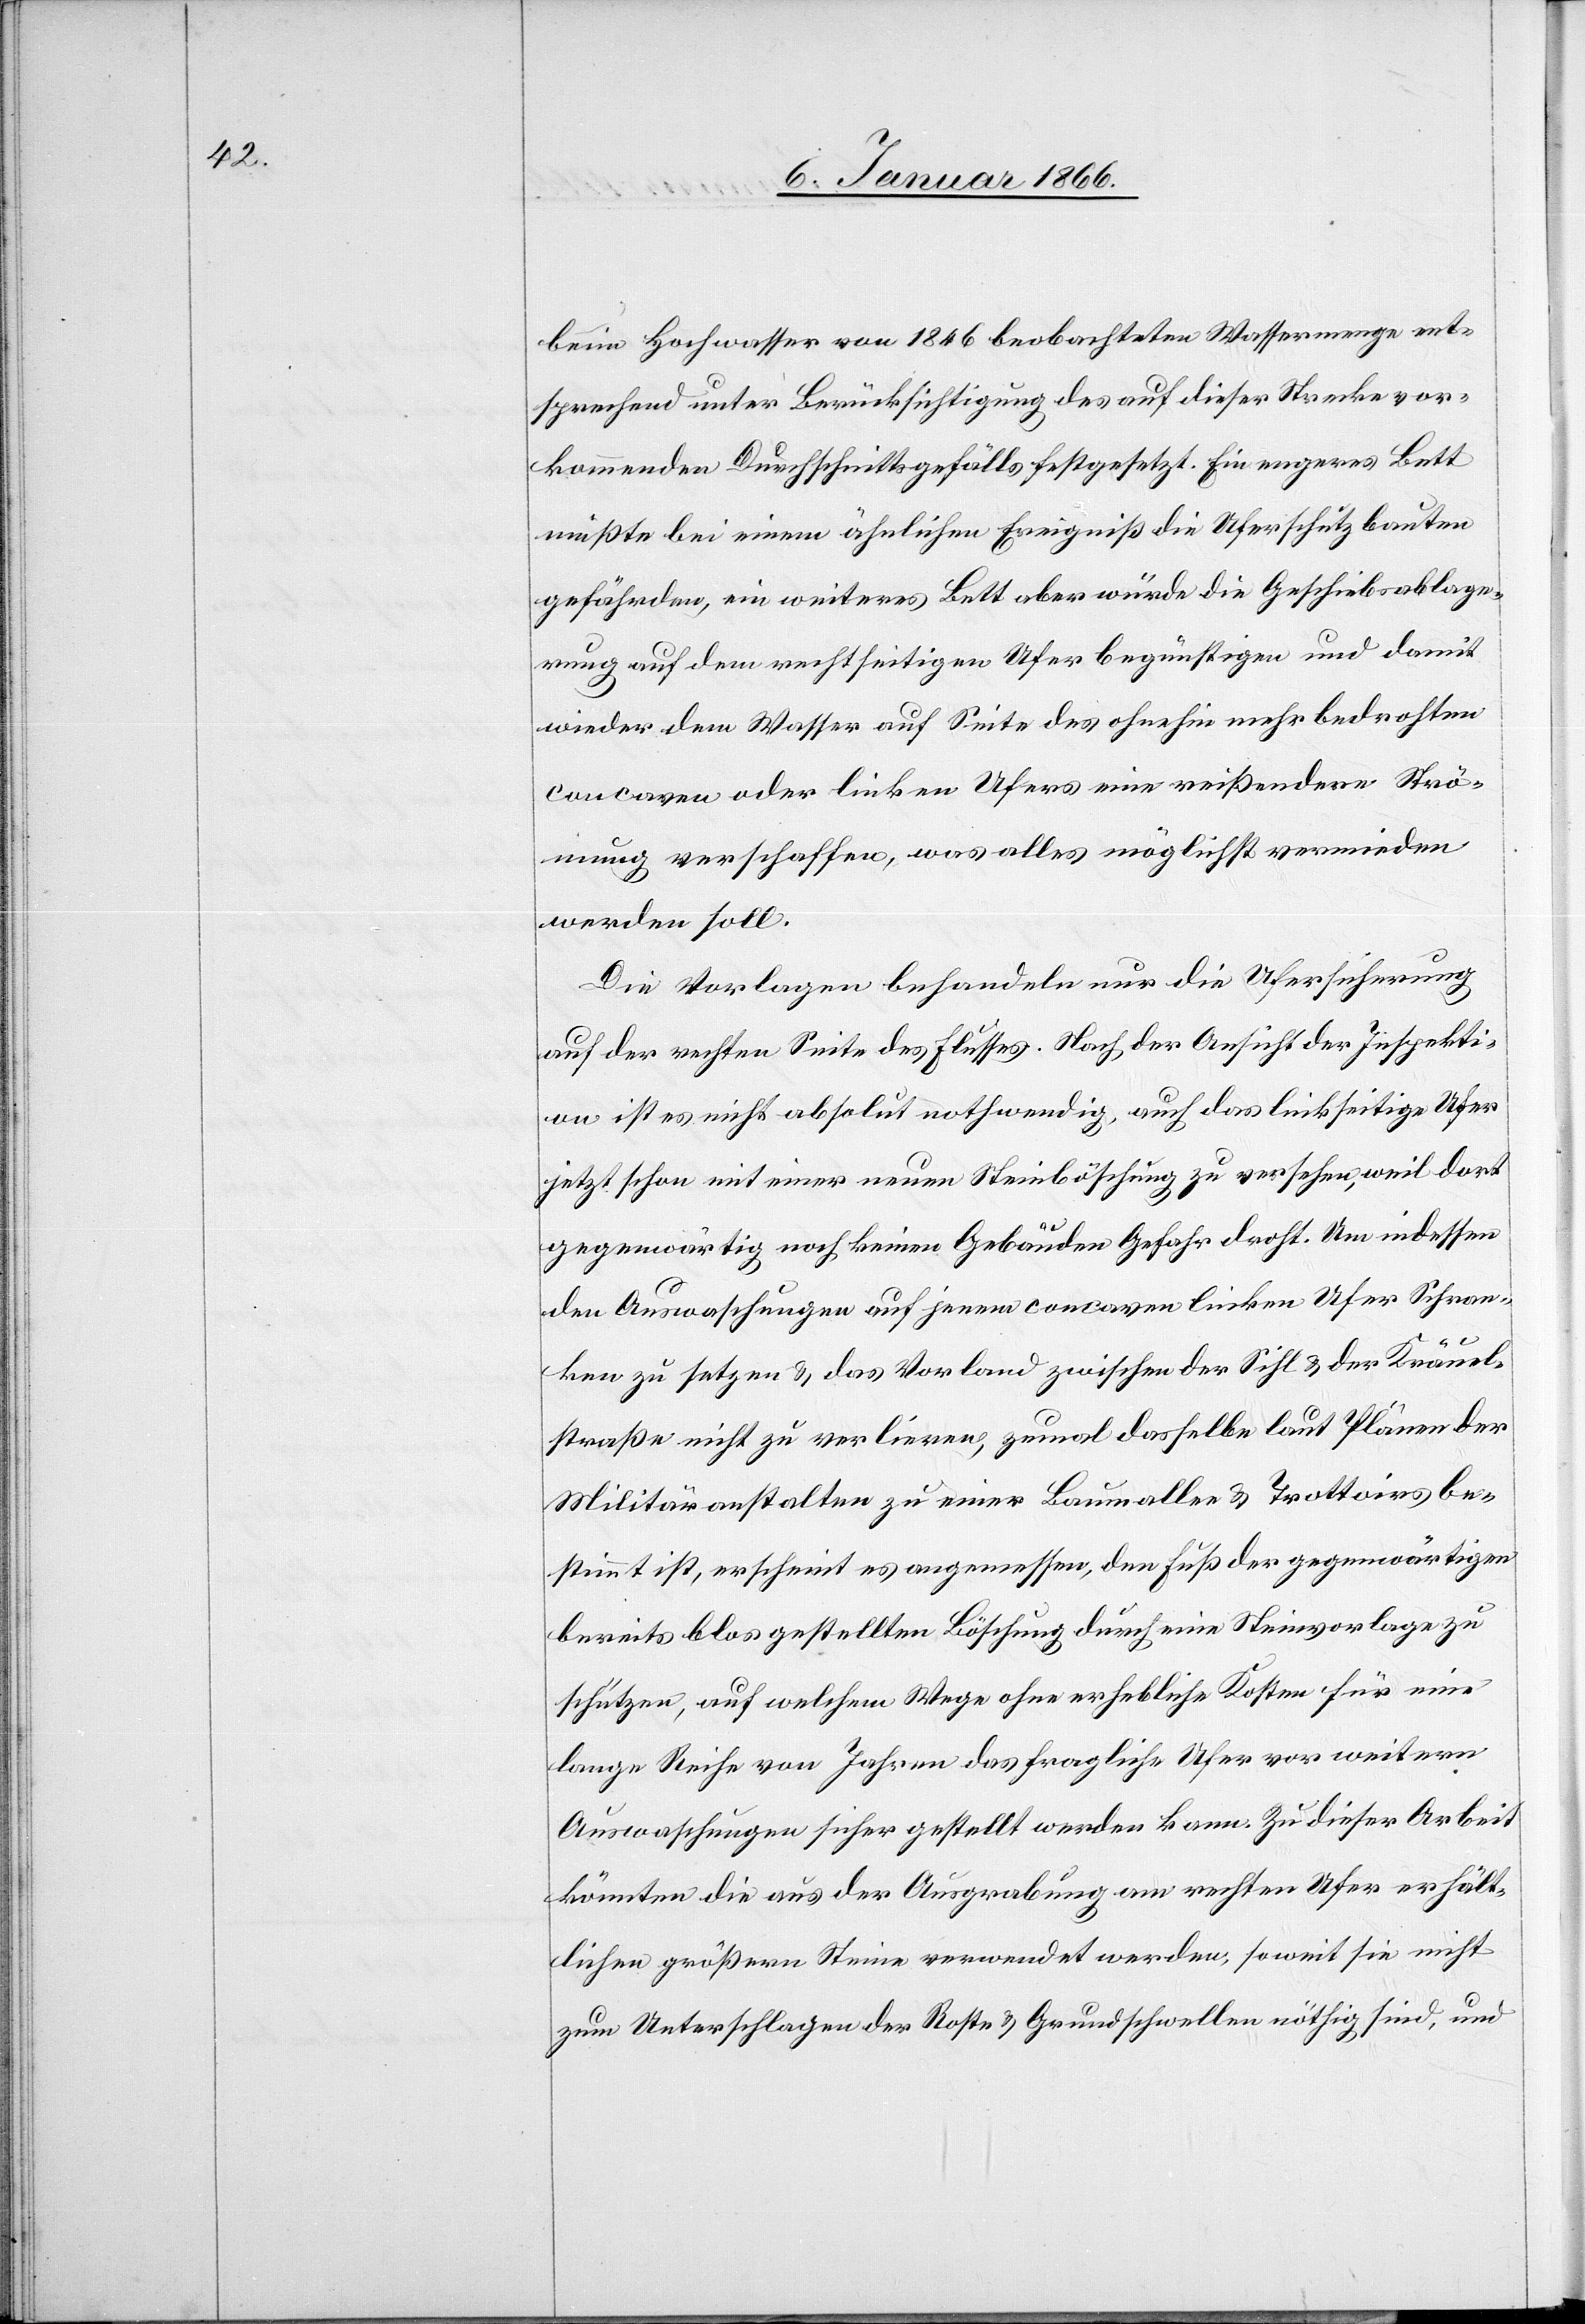
beim Hochwasser von 1846 beobachteten Wassermenge ent¬
sprechend unter Berücksichtigung des auf dieser Strecke vor¬
kommenden Durchschnittsgefälls festgesetzt. Ein engeres Bett
müßte bei einem ähnlichen Ereigniß die Uferschutzbauten
gefährden, ein weiteres Bett aber würde die Geschiebsablage¬
rung auf dem rechtseitigen Ufer begünstigen und damit
wieder dem Wasser auf Seite des ohnehin mehr bedrohten
concaven oder linken Ufers eine reißendere Strö¬
mung erschaffen, was alles möglichst vermieden
werden soll.
Die Vorlagen behandeln nur die Ufersicherung
auf der rechten Seite des Flusses. Nach der Ansicht der Inspekti¬
on ist es nicht absolut nothwendig, auch das linksseitige Ufer
jetzt schon mit einer neuen Steinböschung zu versehen, weil dort
gegenwärtig noch keinen Gebäuden Gefahr droht. Um indessen
den Auswaschungen auf jenem concaven linken Ufer Schran¬
ken zu setzen u. das Vorland zwischen der Sihl u. der Kräuel¬
straße nicht zu verlieren, zumal dasselbe laut Plänen der
Militäranstalten zu einer Baumallee u. Trottoirs be¬
stimmt ist, erscheint es angemessen, den Fuß der gegenwärtigen
bereits blos gestellten Böschung durch eine Steinvorlage zu
schützen, auf welchem Wege ohne erhebliche Kosten für eine
lange Reihe von Jahren das fragliche Ufer vor weitern
Auswaschungen sicher gestellt werden kann. Zu dieser Arbeit
könnten die aus der Ausgrabung am rechten Ufer erhält¬
lichen größern Steine verwendet werden, soweit sie nicht
zum Unterschlagen der Roste u. Grundschwellen nöthig sind, und